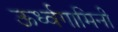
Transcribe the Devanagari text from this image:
ऊर्ध्वगामिनी